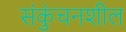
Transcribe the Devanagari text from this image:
संकुंचनशील